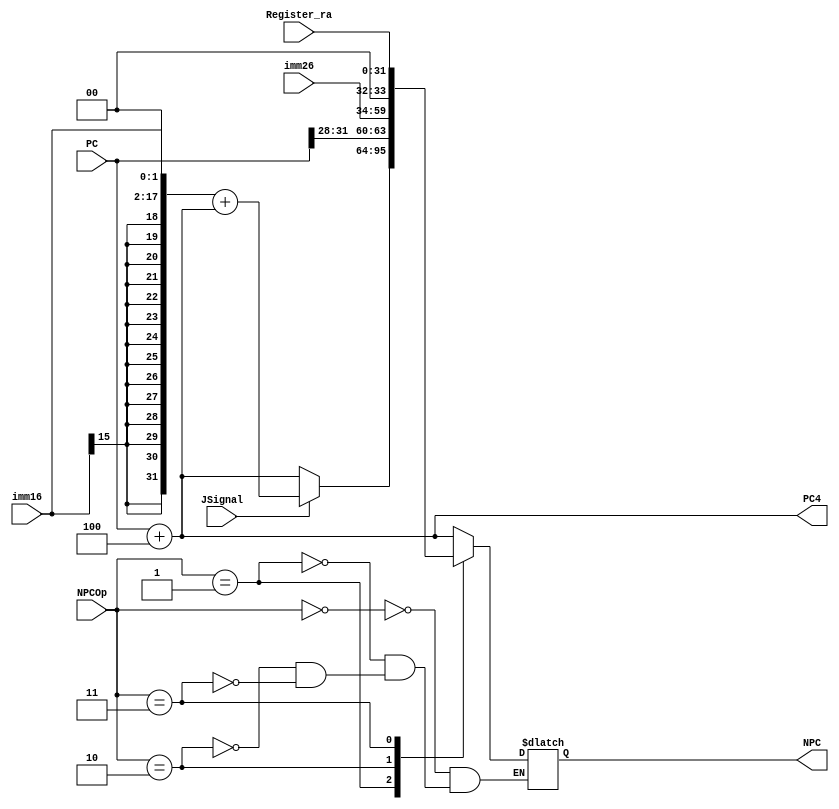
`timescale 1ns / 1ps
//////////////////////////////////////////////////////////////////////////////////
// Company: 
// Engineer: 
// 
// Design Name: 
// Module Name:    NPC 
// Project Name: 
// Target Devices: 
// Tool versions: 
// Description: 
//
// Dependencies: 
//
// Revision: 
// Revision 0.01 - File Created
// Additional Comments: 
//
//////////////////////////////////////////////////////////////////////////////////
`define PC4     3'b000
`define beq     3'b001
`define jTarget 3'b010        //jjalCUMemToReg
`define jr      3'b011        //$raCURegDst

module NPC(
    input [31:0] PC,
    input [25:0] imm26,
    input [15:0] imm16,
    input [31:0] Register_ra,
    input [2:0] NPCOp,
    input JSignal,
    output reg [31:0] NPC,
    output [31:0] PC4
    );

    //regwireinterger                 
    wire [31:0] beq_ext;          //imm16beq
    wire [31:0] Target;           //jjal
    wire [31:0] temp;

    //NPC
    assign PC4 = PC + 32'H0000_0004;

    assign temp = {{14{imm16[15]}}, imm16, 2'b00};
    assign beq_ext = temp + PC4;
    
    assign Target = {PC[31:28], imm26, 2'b00};

    always @(*) begin
        case (NPCOp)
            `PC4:        NPC = PC4;
            `beq:        NPC = (JSignal == 1) ? beq_ext : PC4;
            `jTarget:    NPC = Target;
            `jr:         NPC = Register_ra; 
        endcase
    end
    
endmodule